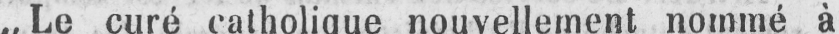
,,Le curé catholique nouvellement nommé à